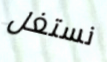
نستغل